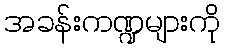
အခန်းကဏ္ဍများကို